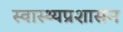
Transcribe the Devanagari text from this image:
स्वास्थ्यप्रशासन